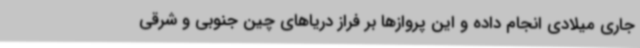
جاری میلادی انجام داده و این پروازها بر فراز دریاهای چین جنوبی و شرقی